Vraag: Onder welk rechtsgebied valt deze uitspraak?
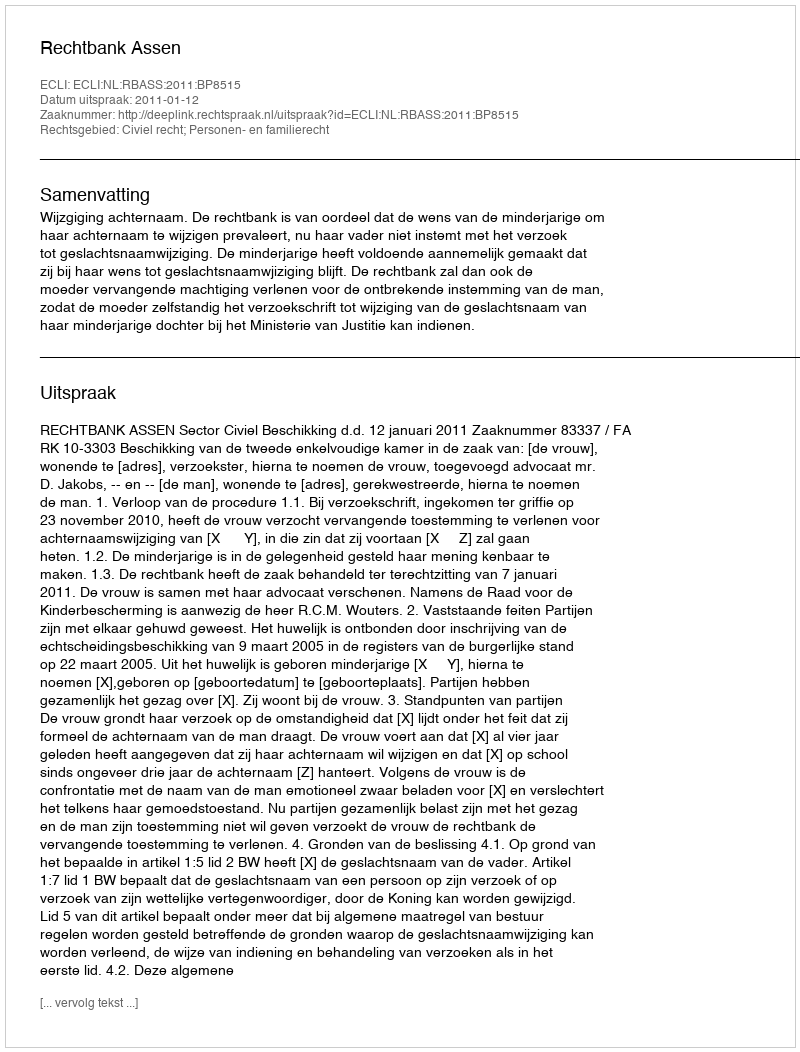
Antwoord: Civiel recht; Personen- en familierecht